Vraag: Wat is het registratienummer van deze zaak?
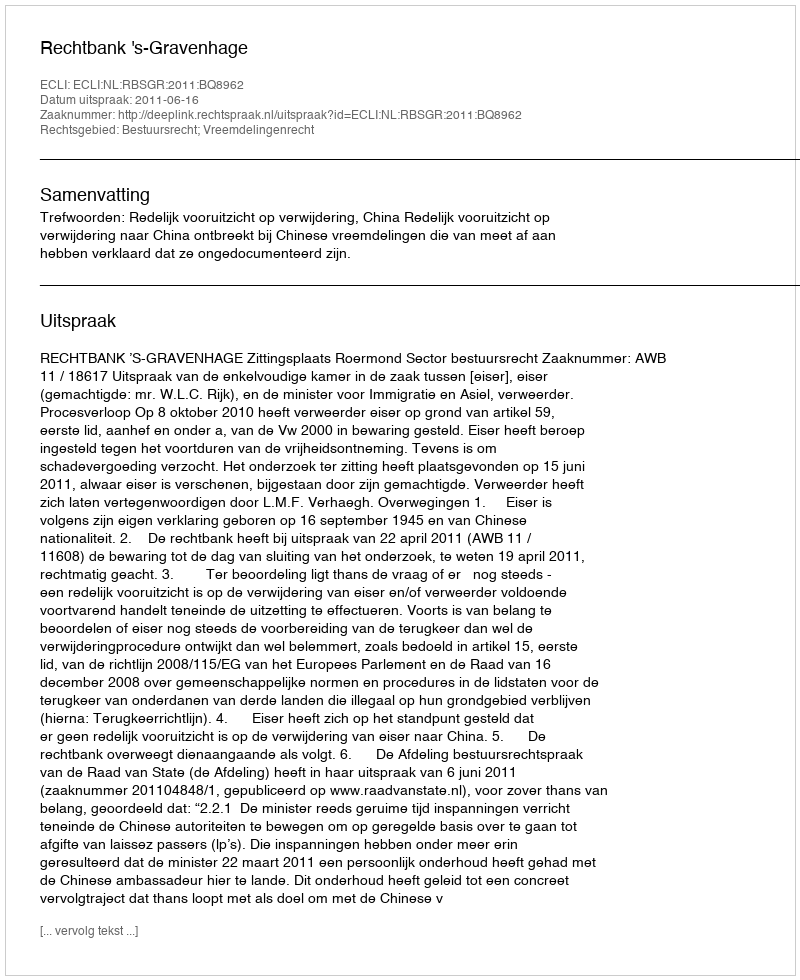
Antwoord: http://deeplink.rechtspraak.nl/uitspraak?id=ECLI:NL:RBSGR:2011:BQ8962